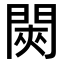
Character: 𬮊